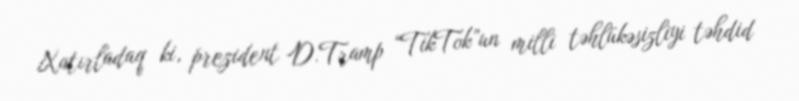
Xatırladaq ki, prezident D.Tramp “TikTok”un milli təhlükəsizliyi təhdid